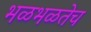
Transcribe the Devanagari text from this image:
भळभळतेच